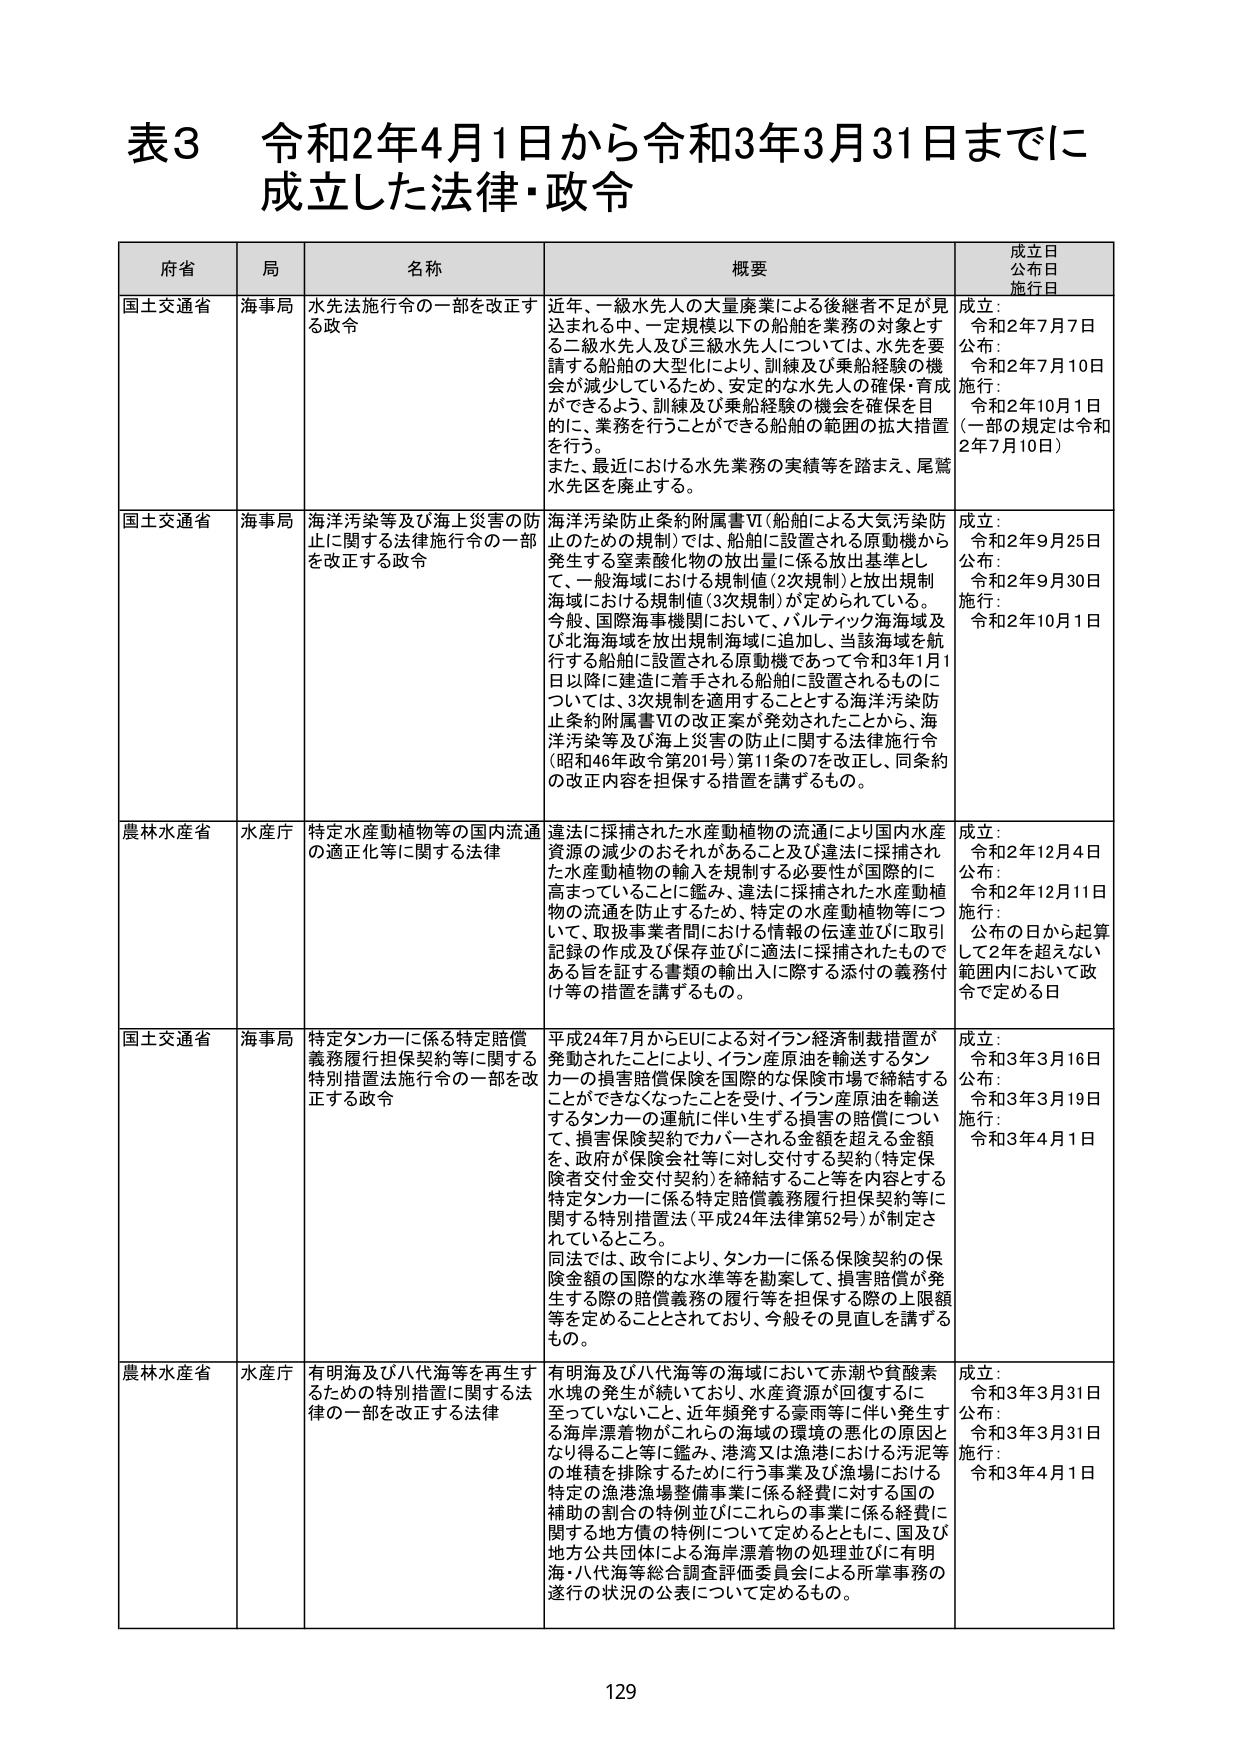
表3 令和2年4月1日から令和3年3月31日までに成立した法律・政令

府省 局 名称 概要 成立日 公布日 施行日

国土交通省 海事局 水先法施行令の一部を改正する政令 近年、一級水先人の大量廃業による後継者不足が見込まれる中、一定規模以下の船舶を業務の対象とする二級水先人及び三級水先人については、水先を要請する船舶の大型化により、訓練及び乗船経験の機会が減少しているため、安定的な水先人の確保・育成ができるよう、訓練及び乗船経験の機会を確保を目的に、業務を行うことができる船舶の範囲の拡大措置を行う。 また、最近における水先業務の実績等を踏まえ、尾鷲水先区を廃止する。 成立： 令和2年7月7日 公布： 令和2年7月10日 施行： 令和2年10月1日 （一部の規定は令和2年7月10日）

国土交通省 海事局 海洋汚染等及び海上災害の防止に関する法律施行令の一部を改正する政令 海洋汚染防止条約附属書Ⅵ（船舶による大気汚染防止のための規制）では、船舶に設置される原動機から発生する窒素酸化物の放出量に係る放出基準として、一般海域における規制値（2次規制）と放出規制海域における規制値（3次規制）が定められている。 今般、国際海事機関において、バルティック海海域及び北海海域を放出規制海域に追加し、当該海域を航行する船舶に設置される原動機であって令和3年1月1日以降に建造に着手される船舶に設置されるものについては、3次規制を適用することとする海洋汚染防止条約附属書Ⅵの改正案が発効されたことから、海洋汚染等及び海上災害の防止に関する法律施行令（昭和46年政令第201号）第11条の7を改正し、同条約の改正内容を担保する措置を講ずるもの。 成立： 令和2年9月25日 公布： 令和2年9月30日 施行： 令和2年10月1日

農林水産省 水産庁 特定水産動植物等の国内流通の適正化等に関する法律 違法に採捕された水産動植物の流通により国内水産資源の減少のおそれがあること及び違法に採捕された水産動植物の輸入を規制する必要性が国際的に高まっていることに鑑み、違法に採捕された水産動植物の流通を防止するため、特定の水産動植物等について、取扱事業者間における情報の伝達並びに取引記録の作成及び保存並びに違法に採捕されたものである旨を証する書類の輸出入に際する添付の義務付け等の措置を講ずるもの。 成立： 令和2年12月4日 公布： 令和2年12月11日 施行： 公布の日から起算して2年を超えない範囲内において政令で定める日

国土交通省 海事局 特定タンカーに係る特定賠償義務履行担保契約等に関する特別措置法施行令の一部を改正する政令 平成24年7月からEUによる対イラン経済制裁措置が発動されたことにより、イラン産原油を輸送するタンカーの損害賠償保険を国際的な保険市場で締結することができなくなったことを受け、イラン産原油を輸送するタンカーの運航に伴い生ずる損害の賠償について、損害保険契約でカバーされる金額を超える金額を、政府が保険会社等に対し交付する契約（特定保険者交付金交付契約）を締結すること等を内容とする特定タンカーに係る特定賠償義務履行担保契約等に関する特別措置法（平成24年法律第52号）が制定されているところ。 同法では、政令により、タンカーに係る保険契約の保険金額の国際的な水準等を勘案して、損害賠償が発生する際の賠償義務の履行等を担保する際の上限額等を定めることとされており、今般その見直しを講ずるもの。 成立： 令和3年3月16日 公布： 令和3年3月19日 施行： 令和3年4月1日

農林水産省 水産庁 有明海及び八代海等を再生するための特別措置に関する法律の一部を改正する法律 有明海及び八代海等の海域において赤潮や貧酸素水塊の発生が続いており、水産資源が回復するに至っていないこと、近年頻発する豪雨等に伴い発生する海岸漂着物がこれらの海域の環境の悪化の原因となり得ること等に鑑み、港湾又は漁港における汚泥等の堆積を排除するために行う事業及び漁場における特定の漁場漁場整備事業に係る経費に対する国の補助の割合の特例並びにこれらの事業に係る経費に関する地方債の特例について定めるとともに、国及び地方公共団体による海岸漂着物の処理並びに有明海・八代海等総合調査評価委員会による所掌事務の遂行の状況の公表について定めるもの。 成立： 令和3年3月31日 公布： 令和3年3月31日 施行： 令和3年4月1日

129